Vaccination in Bombay 1874-1876 - 1874-1876
Year: 1874
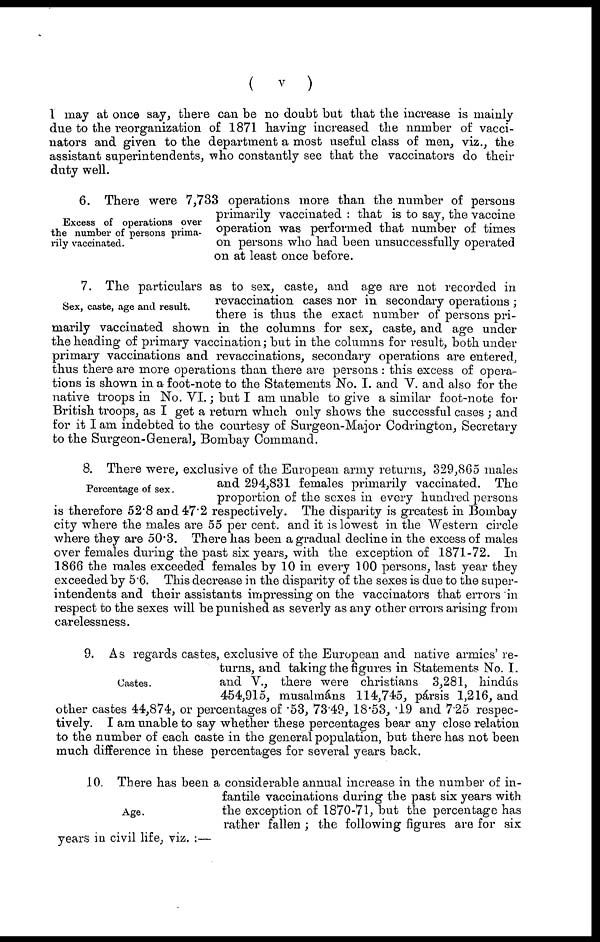
(
v
)
I may at once say, there can be no doubt but that the increase is mainly
due to the reorganization of 1871 having increased the number of vacci-
nators and given to the department a most useful class of men, viz., the
assistant superintendents, who constantly see that the vaccinators do their
duty well.
Excess of operations over
the number of persons prima-
rily vaccinated.
6. There were 7,733 operations more than the number of persons
primarily vaccinated : that is to say, the vaccine
operation was performed that number of times
on persons who had been unsuccessfully operated
on at least once before.
Sex, caste, age and result.
7. The particulars as to sex, caste, and age are not recorded in
revaccination cases nor in secondary operations ;
there is thus the exact number of persons pri-
marily vaccinated shown in the columns for sex, caste, and age under
the heading of primary vaccination; but in the columns for result, both under
primary vaccinations and revaccinations, secondary operations are entered,
thus there are more operations than there are persons : this excess of opera-
tions is shown in a foot-note to the Statements No. I. and V. and also for the
native troops in No. VI.; but I am unable to give a similar foot-note for
British troops, as I get a return which only shows the successful cases ; and
for it I am indebted to the courtesy of Surgeon-Major Codrington, Secretary
to the Surgeon-General, Bombay Command.
Percentage of sex.
8. There were, exclusive of the European army returns, 329,865 males
and 294,831 females primarily vaccinated. The
proportion of the sexes in every hundred persons
is therefore 52.8 and 47.2 respectively. The disparity is greatest in Bombay
city where the males are 55 per cent. and it is lowest in the Western circle
where they are 50.3. There has been a gradual decline in the excess of males
over females during the past six years, with the exception of 1871-72. In
1866 the males exceeded females by 10 in every 100 persons, last year they
exceeded by 5.6. This decrease in the disparity of the sexes is due to the super-
intendents and their assistants impressing on the vaccinators that errors in
respect to the sexes will be punished as severly as any other errors arising from
carelessness.
Castes.
9. As regards castes, exclusive of the European and native armies' re-
turns, and taking the figures in Statements No. I.
and V., there were christians 3,281, hindús
454,915, musalmáns 114,745, pársis 1,216, and
other castes 44,874, or percentages of .53, 73.49, 18.53, .19 and 7.25 respec-
tively. I am unable to say whether these percentages bear any close relation
to the number of each caste in the general population, but there has not been
much difference in these percentages for several years back.
Age.
10. There has been a considerable annual increase in the number of in-
fantile vaccinations during the past six years with
the exception of 1870-71, but the percentage has
rather fallen ; the following figures are for six
years in civil life, viz. :—